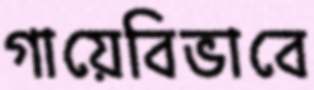
গায়েবিভাবে